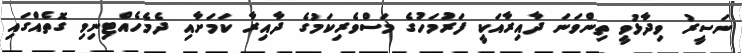
ނަސީރު ވިދާޅުވީ ތިންވަނަ ދާއިރާއަކީ ފަރުމަހުގެ މަސްވެރިކަމުގެ ދާއިރާ ކަމަށާއި ދެމެހެއްޓިނިވި ގޮތެއްގައި